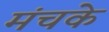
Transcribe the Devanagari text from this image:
मंचके